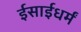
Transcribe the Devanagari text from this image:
ईसाईधर्मं